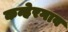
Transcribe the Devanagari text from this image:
कन्हेरगाव